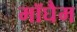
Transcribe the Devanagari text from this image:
मॉघैम